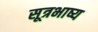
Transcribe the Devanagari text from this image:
सूत्रभाष्य